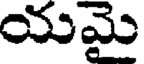
యమై